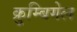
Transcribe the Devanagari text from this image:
क्रुम्बिगेल